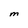
Character: M